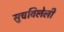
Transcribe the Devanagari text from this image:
सुचविलेली